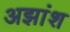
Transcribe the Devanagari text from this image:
अझांश